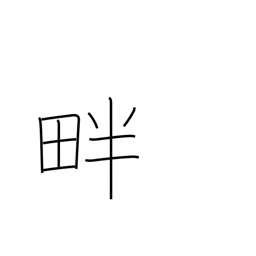
Meaning: levee